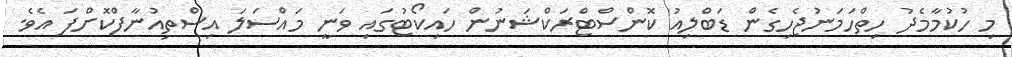
މި ހުކުމާމެދު ހިތްހަމަނުޖެހިގެން ޑަބްލިއު ކޮންސްޓްރަކްޝަނުން ހައިކޯޓުގައި ވަނީ މައްސަލަ އިސްތިއުނާފްކޮށްފަ އެވެ.